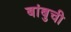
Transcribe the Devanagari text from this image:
बांबुची